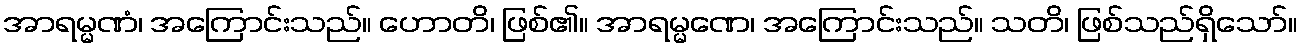
အာရမ္မဏံ၊ အကြောင်းသည်။ ဟောတိ၊ ဖြစ်၏။ အာရမ္မဏေ၊ အကြောင်းသည်။ သတိ၊ ဖြစ်သည်ရှိသော်။